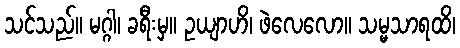
သင်သည်။ မဂ္ဂါ၊ ခရီးမှ။ ဥယျာဟိ၊ ဖဲလေလော။ သမ္မသာရထိ၊